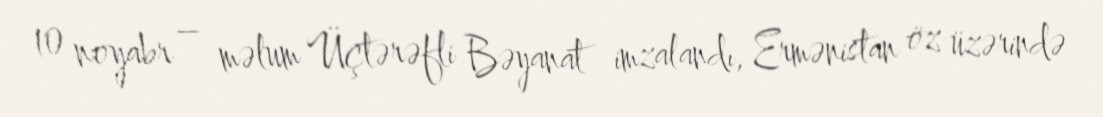
10 noyabr – məlum Üçtərəfli Bəyanat imzalandı, Ermənistan öz üzərində